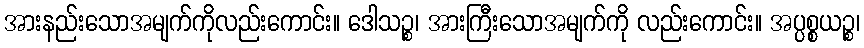
အားနည်းသောအမျက်ကိုလည်းကောင်း။ ဒေါသဉ္စ၊ အားကြီးသောအမျက်ကို လည်းကောင်း။ အပ္ပစ္စယဉ္စ၊